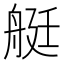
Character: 艇